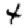
Digit: 4